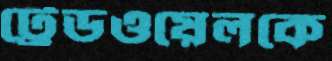
ট্রেডওয়েলকে